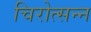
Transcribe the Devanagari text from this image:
चिरोत्सन्न